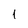
Character: 1